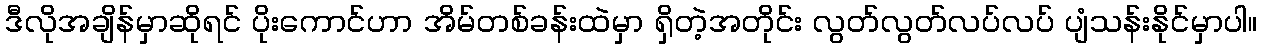
ဒီလိုအချိန်မှာဆိုရင် ပိုးကောင်ဟာ အိမ်တစ်ခန်းထဲမှာ ရှိတဲ့အတိုင်း လွတ်လွတ်လပ်လပ် ပျံသန်းနိုင်မှာပါ။